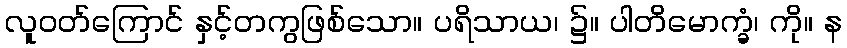
လူဝတ်ကြောင် နှင့်တကွဖြစ်သော။ ပရိသာယ၊ ၌။ ပါတိမောက္ခံ၊ ကို။ န